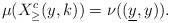
LaTeX: \begin{align*}\mu(X^c_\geq(y,k)) = \nu((\underline y,y)).\end{align*}